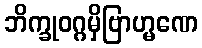
ဘိက္ခုဝဂ္ဂမှိဗြာဟ္မဏေ